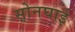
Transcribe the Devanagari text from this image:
सोनघाई